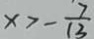
x > - \frac { 7 } { 1 3 }